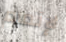
لإتمام